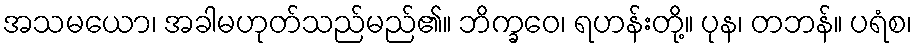
အသမယော၊ အခါမဟုတ်သည်မည်၏။ ဘိက္ခဝေ၊ ရဟန်းတို့။ ပုန၊ တဘန်။ ပရံစ၊